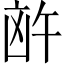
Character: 𪞸